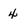
Character: 4